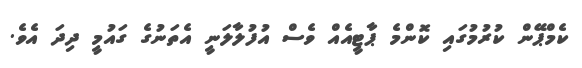
ކެމްޕޭން ކުރުމުގައި ކޮންމެ ޕާޓީއެއް ވެސް އުފުލާލަނީ އެތަނުގެ ގައުމީ ދިދަ އެވެ.